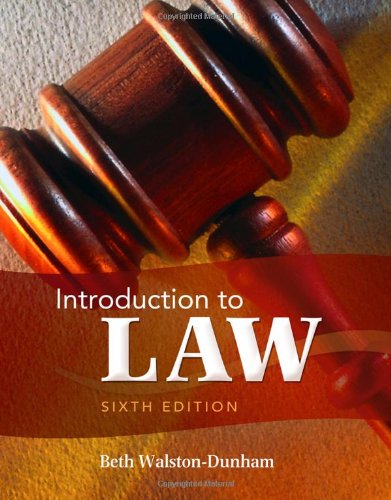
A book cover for Introduction to Law, 6th Edition; Beth Walston-Dunham; Law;